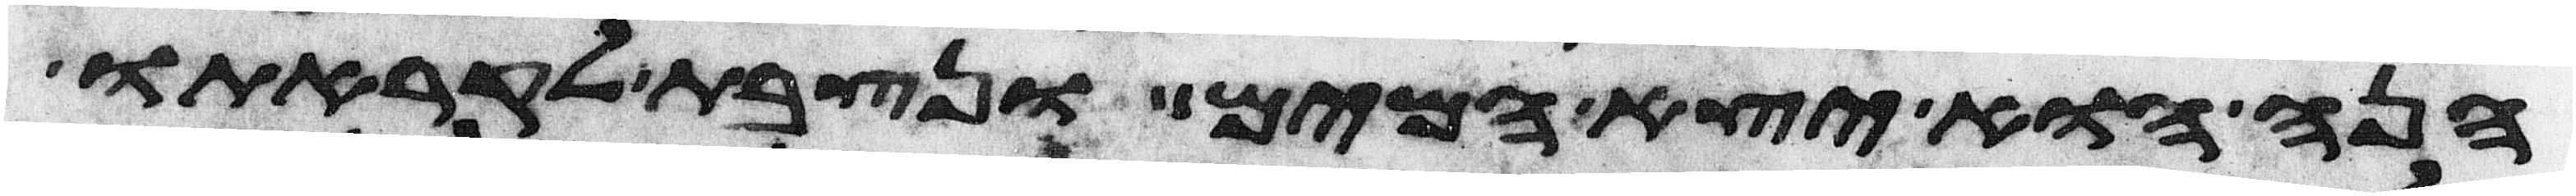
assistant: הנה הוא יצא המים ונצבת לקראתו